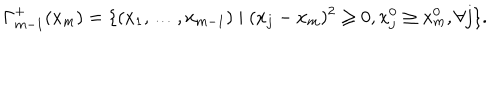
\Gamma _ { m - 1 } ^ { + } ( x _ { m } ) = \{ ( x _ { 1 } , \ldots , x _ { m - 1 } ) \mid ( x _ { j } - x _ { m } ) ^ { 2 } \ge 0 , x _ { j } ^ { 0 } \ge x _ { m } ^ { 0 } , \forall j \} .